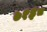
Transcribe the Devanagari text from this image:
७१३८